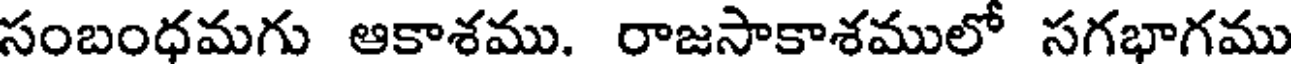
సంబంధమగు ఆకాశము. రాజసాకాశములో సగభాగము